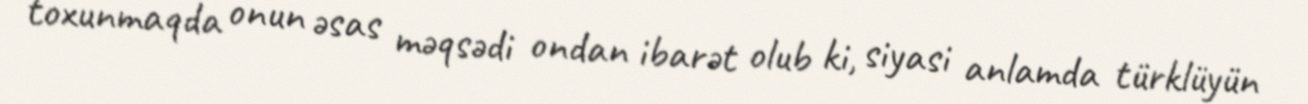
toxunmaqda onun əsas məqsədi ondan ibarət olub ki, siyasi anlamda türklüyün